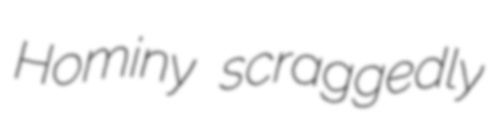
Hominy scraggedly